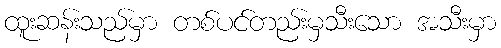
ထူးဆန်းသည်မှာ တစ်ပင်တည်းမှသီးသော အသီးမှာ